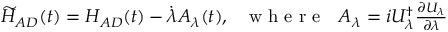
\begin{array} { r } { \widetilde { H } _ { A D } ( t ) = H _ { A D } ( t ) - \dot { \lambda } A _ { \lambda } ( t ) , ~ ~ \mathrm { ~ w ~ h ~ e ~ r ~ e ~ } ~ ~ A _ { \lambda } = i U _ { \lambda } ^ { \dagger } \frac { \partial U _ { \lambda } } { \partial \lambda } } \end{array}